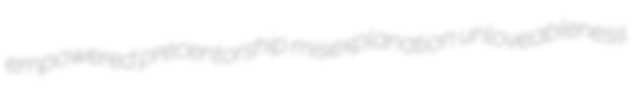
empowered precentorship misexplanation unloveableness